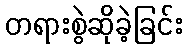
တရားစွဲဆိုခဲ့ခြင်း